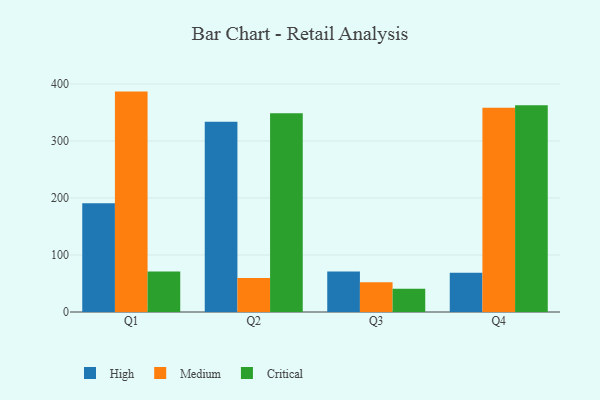
{"axis": {"x": "Quarter", "y": "Revenue (USD Million)"}, "legend": ["Critical", "High", "Medium"], "data": [{"x": "Q1", "y": 190.7, "type": "High"}, {"x": "Q1", "y": 386.6, "type": "Medium"}, {"x": "Q1", "y": 70.9, "type": "Critical"}, {"x": "Q2", "y": 333.7, "type": "High"}, {"x": "Q2", "y": 59.6, "type": "Medium"}, {"x": "Q2", "y": 348.8, "type": "Critical"}, {"x": "Q3", "y": 71.0, "type": "High"}, {"x": "Q3", "y": 52.0, "type": "Medium"}, {"x": "Q3", "y": 40.8, "type": "Critical"}, {"x": "Q4", "y": 68.7, "type": "High"}, {"x": "Q4", "y": 358.2, "type": "Medium"}, {"x": "Q4", "y": 362.6, "type": "Critical"}]}